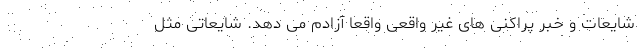
شایعات و خبر پراکنی های غیر واقعی واقعا آزادم می دهد. شایعاتی مثل